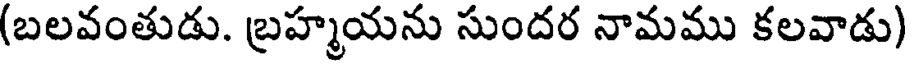
(బలవంతుడు. బ్రహ్మయను సుందర నామము కలవాడు)